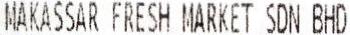
MAKASSAR FRESH MARKET SDN BHD